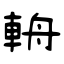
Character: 輈